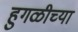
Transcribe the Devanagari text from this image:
हुगळीच्या